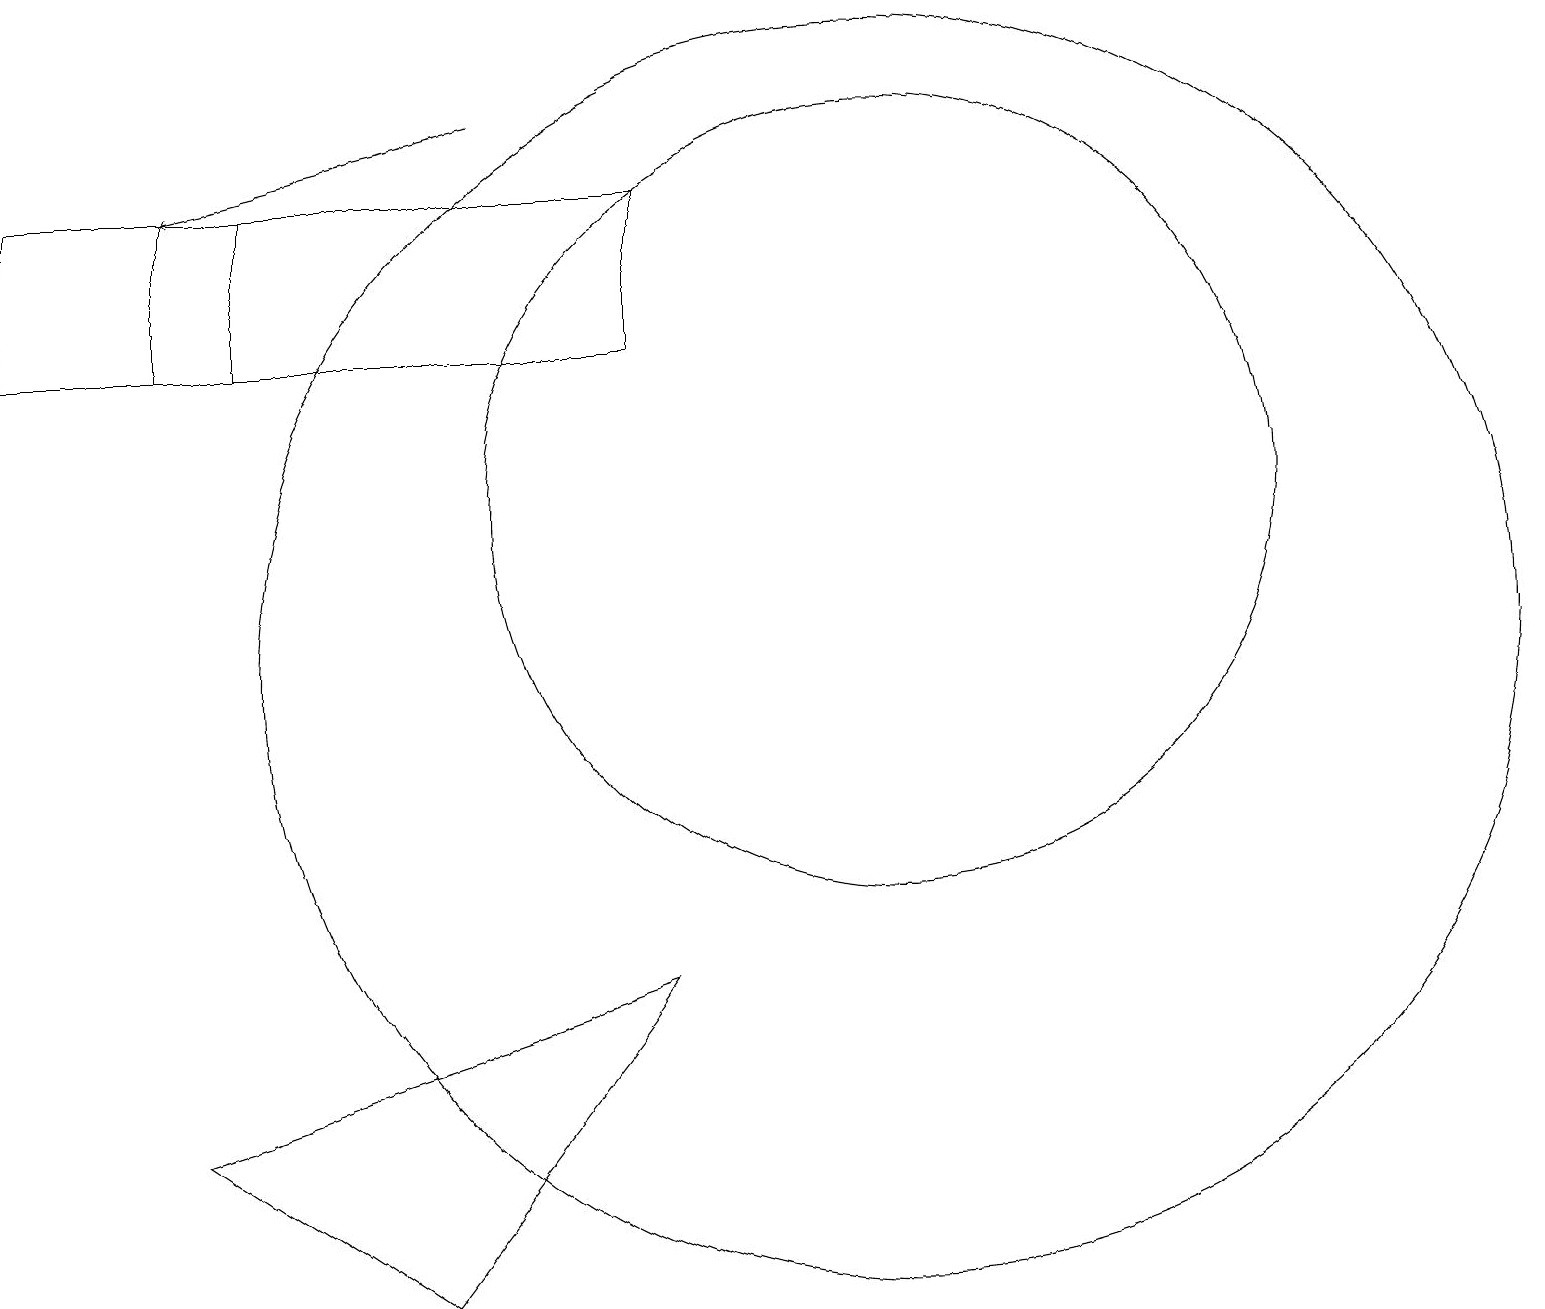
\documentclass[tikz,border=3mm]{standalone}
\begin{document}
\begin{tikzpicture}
\draw (2,16) rectangle (8,14);
\draw (11,10) circle (8);
\draw (11,12) circle (5);
\draw (0,16) rectangle (3,14);
\draw[->] (6,17) -- (2,16);
\draw (5,2) -- (2,4) -- (8,6) -- cycle;
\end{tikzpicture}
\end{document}